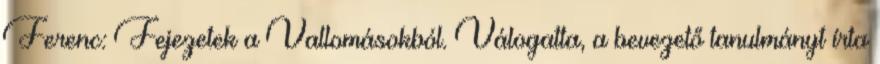
Ferenc: Fejezetek a Vallomásokból. Válogatta, a bevezető tanulmányt írta